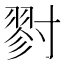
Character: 𡭁